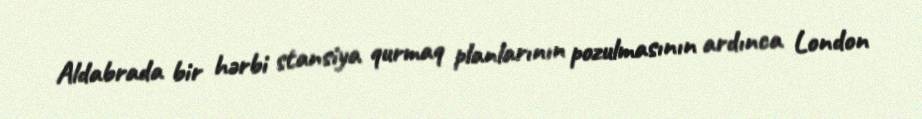
Aldabrada bir hərbi stansiya qurmaq planlarının pozulmasının ardınca London